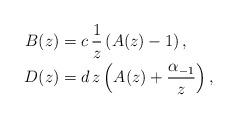
LaTeX: \begin{align*}B(z)&=c\,\frac{1}{z}\left(A(z)-1\right),\\D(z)&=d\,z\left(A(z)+\frac{\alpha_{-1}}{z}\right),\end{align*}